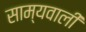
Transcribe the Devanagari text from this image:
साम्यवाली